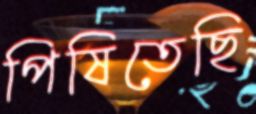
পিষিতেছি